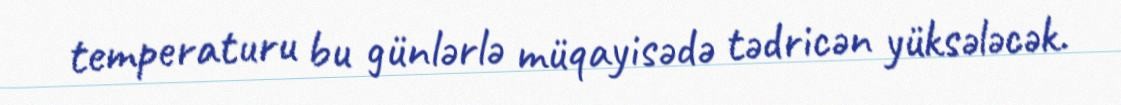
temperaturu bu günlərlə müqayisədə tədricən yüksələcək.